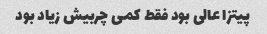
پیتزا عالی بود فقط کمی چربیش زیاد بود